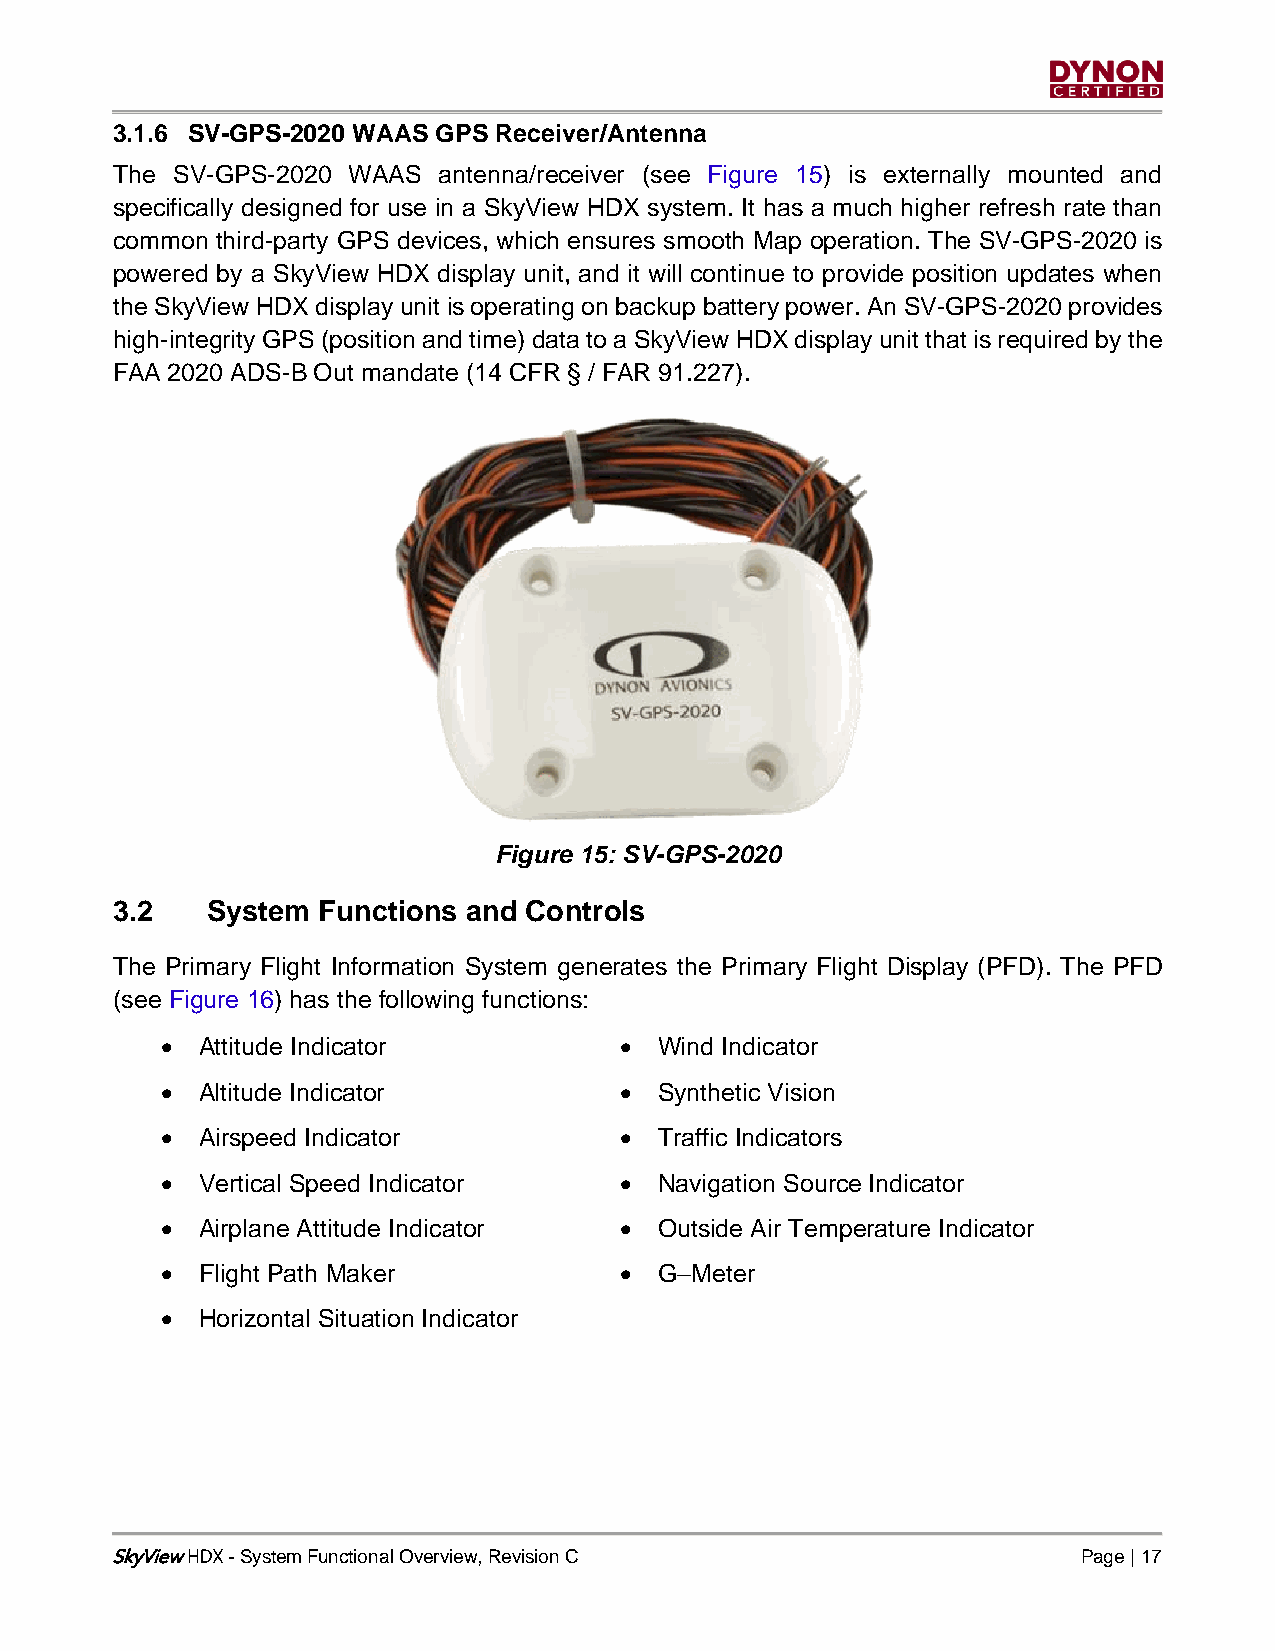
3.1.6 SV-GPS-2020 WAAS GPS Receiver/Antenna
 The SV-GPS-2020 WAAS  antenna/receiver (see Figure 15) is externally mounted and
 specifically designed for use in a SkyView HDX system. It has a much higher refresh rate than
 common third-party GPS devices, which ensures smooth Map operation. The SV-GPS-2020 is
 powered by a SkyView HDX display unit, and it will continue to provide position updates when
 the SkyView HDX display unit is operating on backup battery power. An SV-GPS-2020 provides
 high-integrity GPS (position and time) data to a SkyView HDX display unit that is required by the
 FAA 2020 ADS-B Out mandate (14 CFR § / FAR 91.227).
 Figure 15: SV-GPS-2020
 3.2    System Functions and Controls
 The Primary Flight Information System generates the Primary Flight Display (PFD). The PFD
 (see Figure 16) has the following functions:
 • Attitude Indicator          •  Wind Indicator
 • Altitude Indicator          •  Synthetic Vision
 • Airspeed Indicator          •  Traffic Indicators
 • Vertical Speed Indicator    •  Navigation Source Indicator
 • Airplane Attitude Indicator •  Outside Air Temperature Indicator
 • Flight Path Maker           •  G–Meter
 • Horizontal Situation Indicator
 SkyView - System Functional Overview, Revision C                 Page | 17